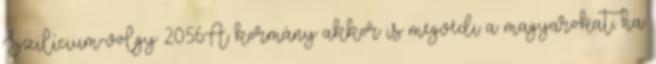
Szilícium-völgy 20:56A kormány akkor is megvédi a magyarokat, ha